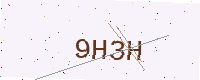
Text: 9H3H